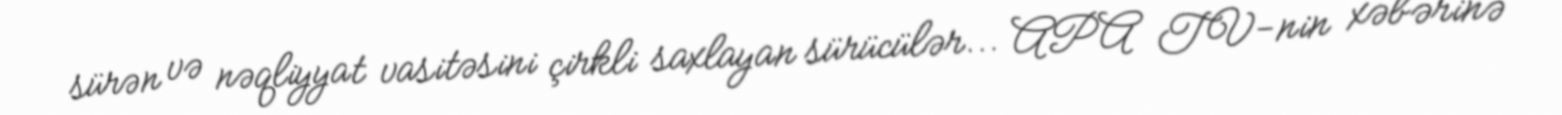
sürən və nəqliyyat vasitəsini çirkli saxlayan sürücülər... APA TV-nin xəbərinə